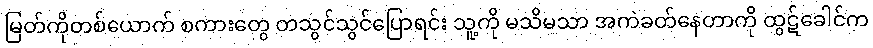
မြတ်ကိုတစ်ယောက် စကားတွေ တသွင်သွင်ပြောရင်း သူ့ကို မသိမသာ အကဲခတ်နေတာကို ထွဋ်ခေါင်က